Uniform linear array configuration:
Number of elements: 12
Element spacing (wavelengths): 1
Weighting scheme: uniform
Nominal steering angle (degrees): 15
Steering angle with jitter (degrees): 16.292
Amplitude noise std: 0.05
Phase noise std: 0.05

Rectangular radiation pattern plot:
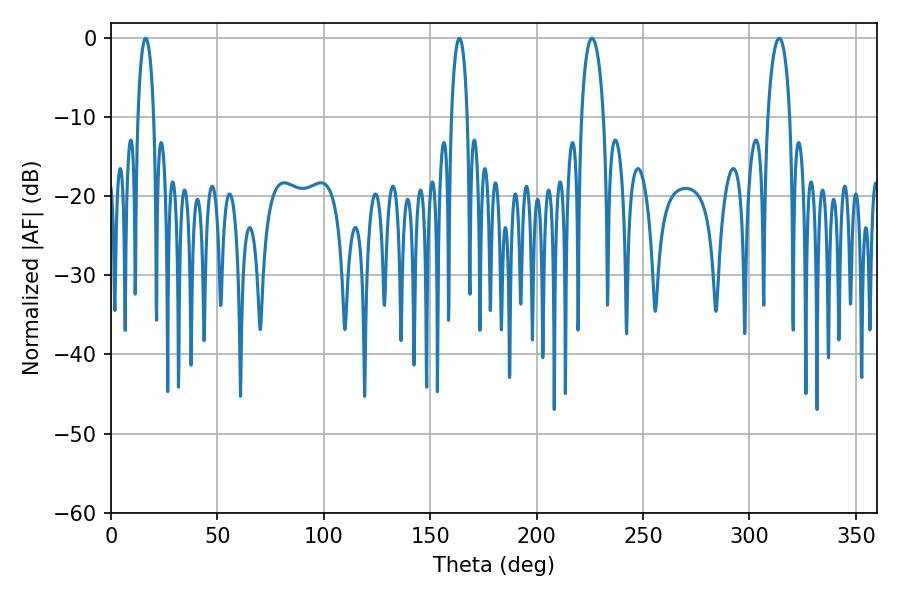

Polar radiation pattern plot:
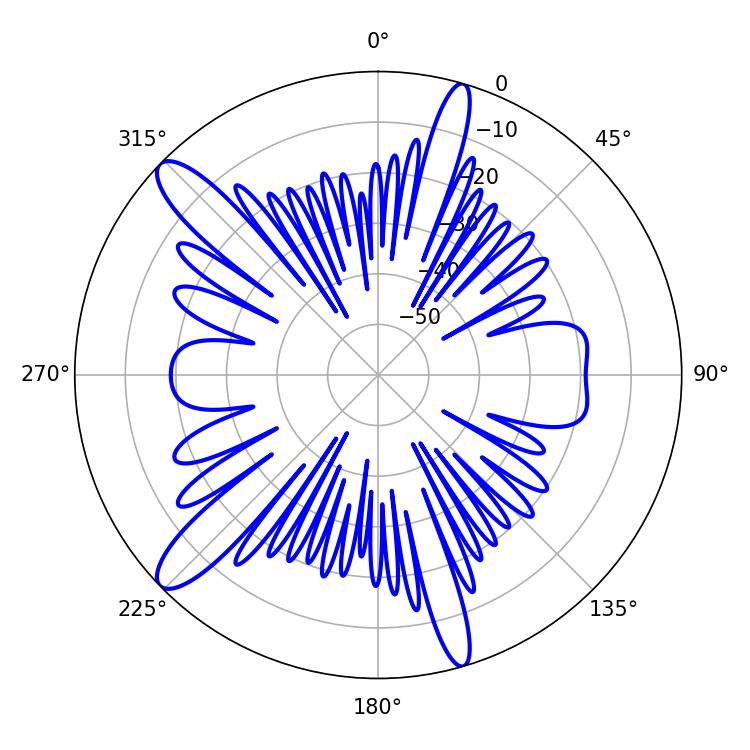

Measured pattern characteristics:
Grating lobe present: TRUE
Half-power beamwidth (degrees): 5.76
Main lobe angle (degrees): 226.08